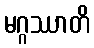
မဂ္ဂဿာတိ